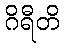
ဂိရီတိ